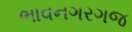
ભાવનગરગજ